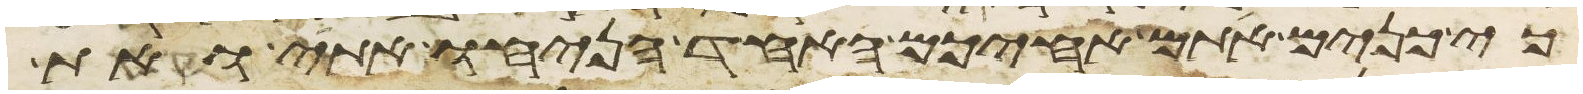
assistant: כי כנים אתם אחיכם האחד הניחו אתי ואת